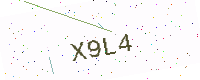
Text: X9L4